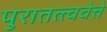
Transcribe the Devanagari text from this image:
पुरातत्त्ववेत्ते